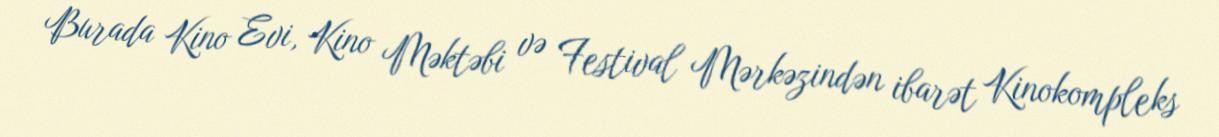
Burada Kino Evi, Kino Məktəbi və Festival Mərkəzindən ibarət Kinokompleks